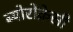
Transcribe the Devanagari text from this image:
ब्योरोक्रेसी